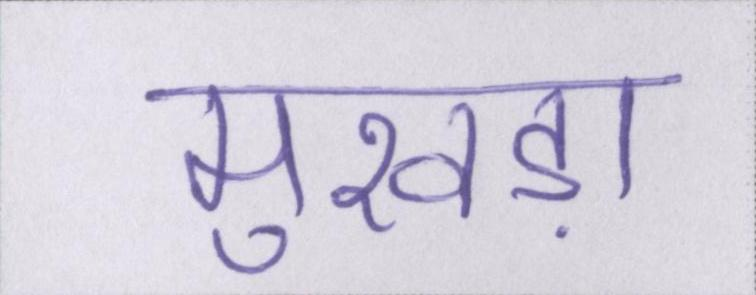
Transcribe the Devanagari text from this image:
मुखड़ा